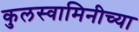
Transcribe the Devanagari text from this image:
कुलस्वामिनीच्या